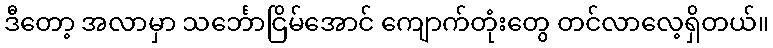
ဒီတော့ အလာမှာ သင်္ဘောငြိမ်အောင် ကျောက်တုံးတွေ တင်လာလေ့ရှိတယ်။